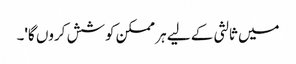
میں ثالثی کے لیے ہر ممکن کوشش کروں گا'۔